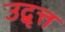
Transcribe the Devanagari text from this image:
उद्वृत्त